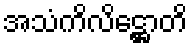
အသံကိလိဋ္ဌောတိ